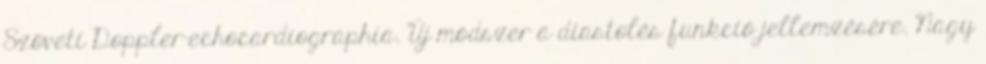
Szöveti Doppler-echocardiographia. Új módszer a diastolés funkció jellemzésére. Nagy